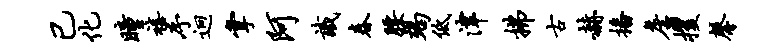
已化瞳禧序迥掌阿识春腰竭低津拂古赫播詹攫馨